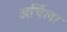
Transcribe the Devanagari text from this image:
अर्चिला